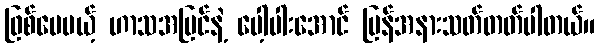
ဖြစ်ပေမယ့် ဟာသအမြင်နဲ့ ပေါ့ပါးအောင် ပြန်အနားသတ်တတ်ပါတယ်။